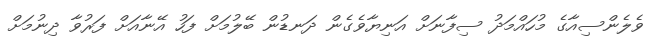
ވެލެންސިއާގެ މުހައްމަދު ސިފާނަށް އަނިޔާވެގެން ދަނޑުން ބޭލުމަށް ފަހު އޭނާއަށް ފަރުވާ ދިނުމަށް